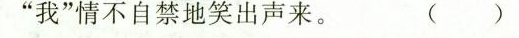
”我”情不自禁地笑出声来。 ( )